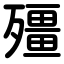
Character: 殭